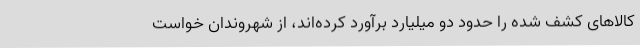
کالاهای کشف شده را حدود دو میلیارد برآورد کرده‌اند، از شهروندان خواست